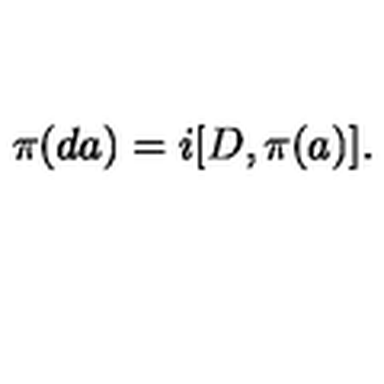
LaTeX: \pi ( d a ) = i [ D , \pi ( a ) ] .